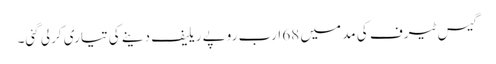
گیس ٹیرف کی مد میں 68 ارب روپے ریلیف دینے کی تیاری کرلی گئی۔